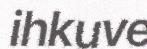
ihkuve